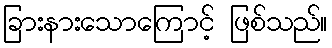
ခြားနားသောကြောင့် ဖြစ်သည်။